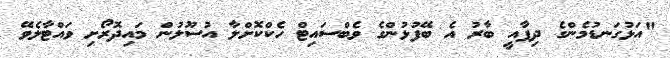
"އަޅުގަނޑުމެންގެ ދިފާއީ ބާރު އެ ބޭފުޅުންގެ ވެބްސައިޓް ހެކްކޮށްލާ އުސޫލުން މައިދޮރޯށި ވައްޓާލެވޭ